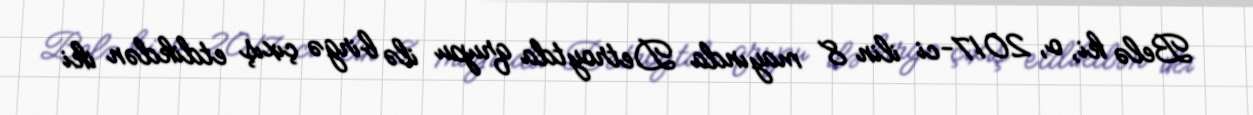
Belə ki, o, 2017-ci ilin 8 mayında Detroytda qrupu ilə birgə çıxış etdikdən iki